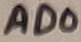
Text: AD0